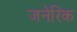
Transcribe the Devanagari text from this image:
जनेरिक